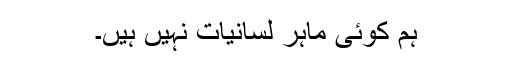
ہم کوئی ماہرِ لسانیات نہیں ہیں۔